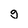
Character: g